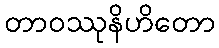
တာဝဿုနိဟိတော